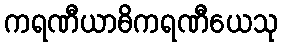
ကရဏီယာဓိကရဏီယေသု